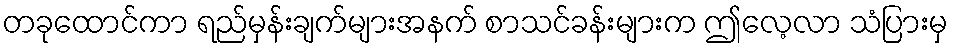
တခုထောင်ကာ ရည်မှန်းချက်များအနက် စာသင်ခန်းများက ဤလေ့လာ သံပြားမှ